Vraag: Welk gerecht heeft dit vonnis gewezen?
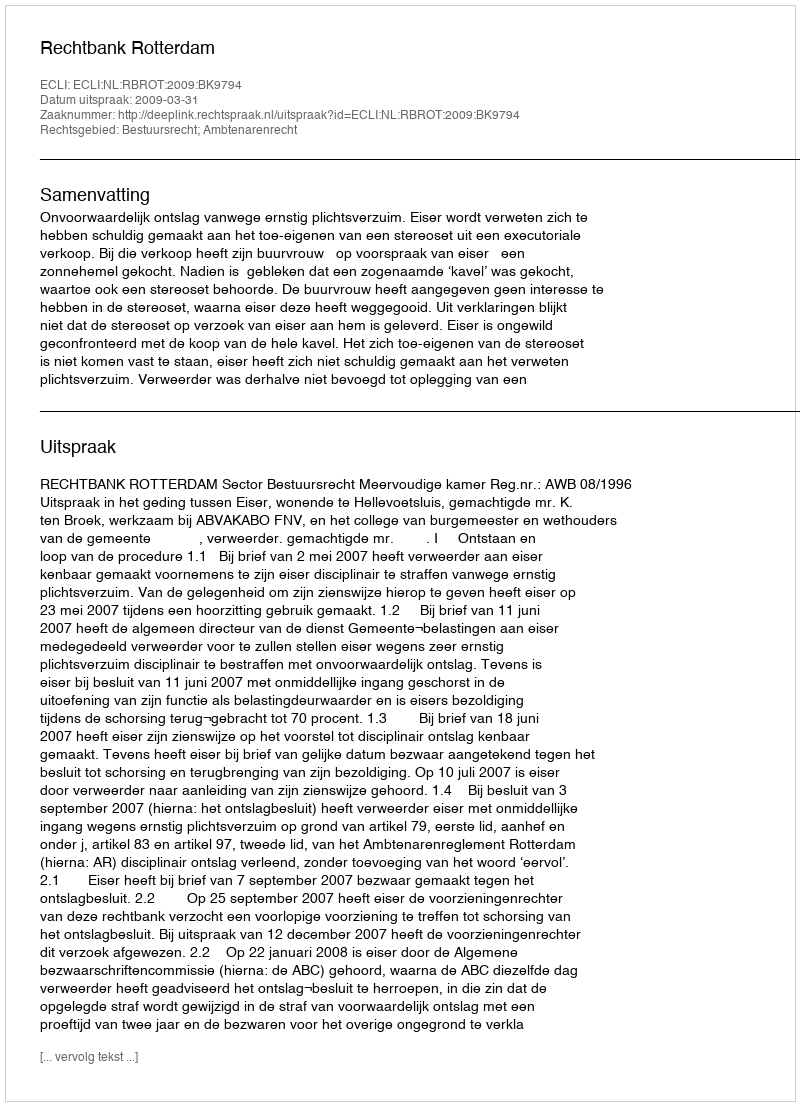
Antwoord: Rechtbank Rotterdam